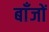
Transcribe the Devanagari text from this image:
बाँजों